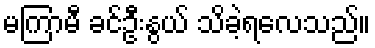
မကြာမီ ခင်ဦးနွယ် သိခဲ့ရလေသည်။